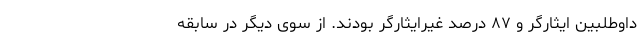
داوطلبین ایثارگر و ۸۷ درصد غیرایثارگر بودند. از سوی دیگر در سابقه